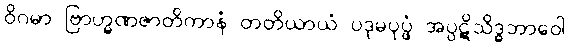
ဝိဂမာ ဗြာဟ္မဏဇာတိကာနံ တတိယာယံ ပဒုမပုပ္ဖံ အပ္ပဋိသိဒ္ဓဘာဝေါ